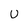
Character: U